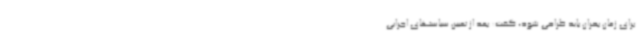
برای زمان بحران باید طراحی شود، گفت: بعد از تعیین سیاستهای اجرایی